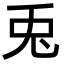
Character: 兎